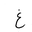
Letter: _gayn